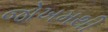
જોખમથી